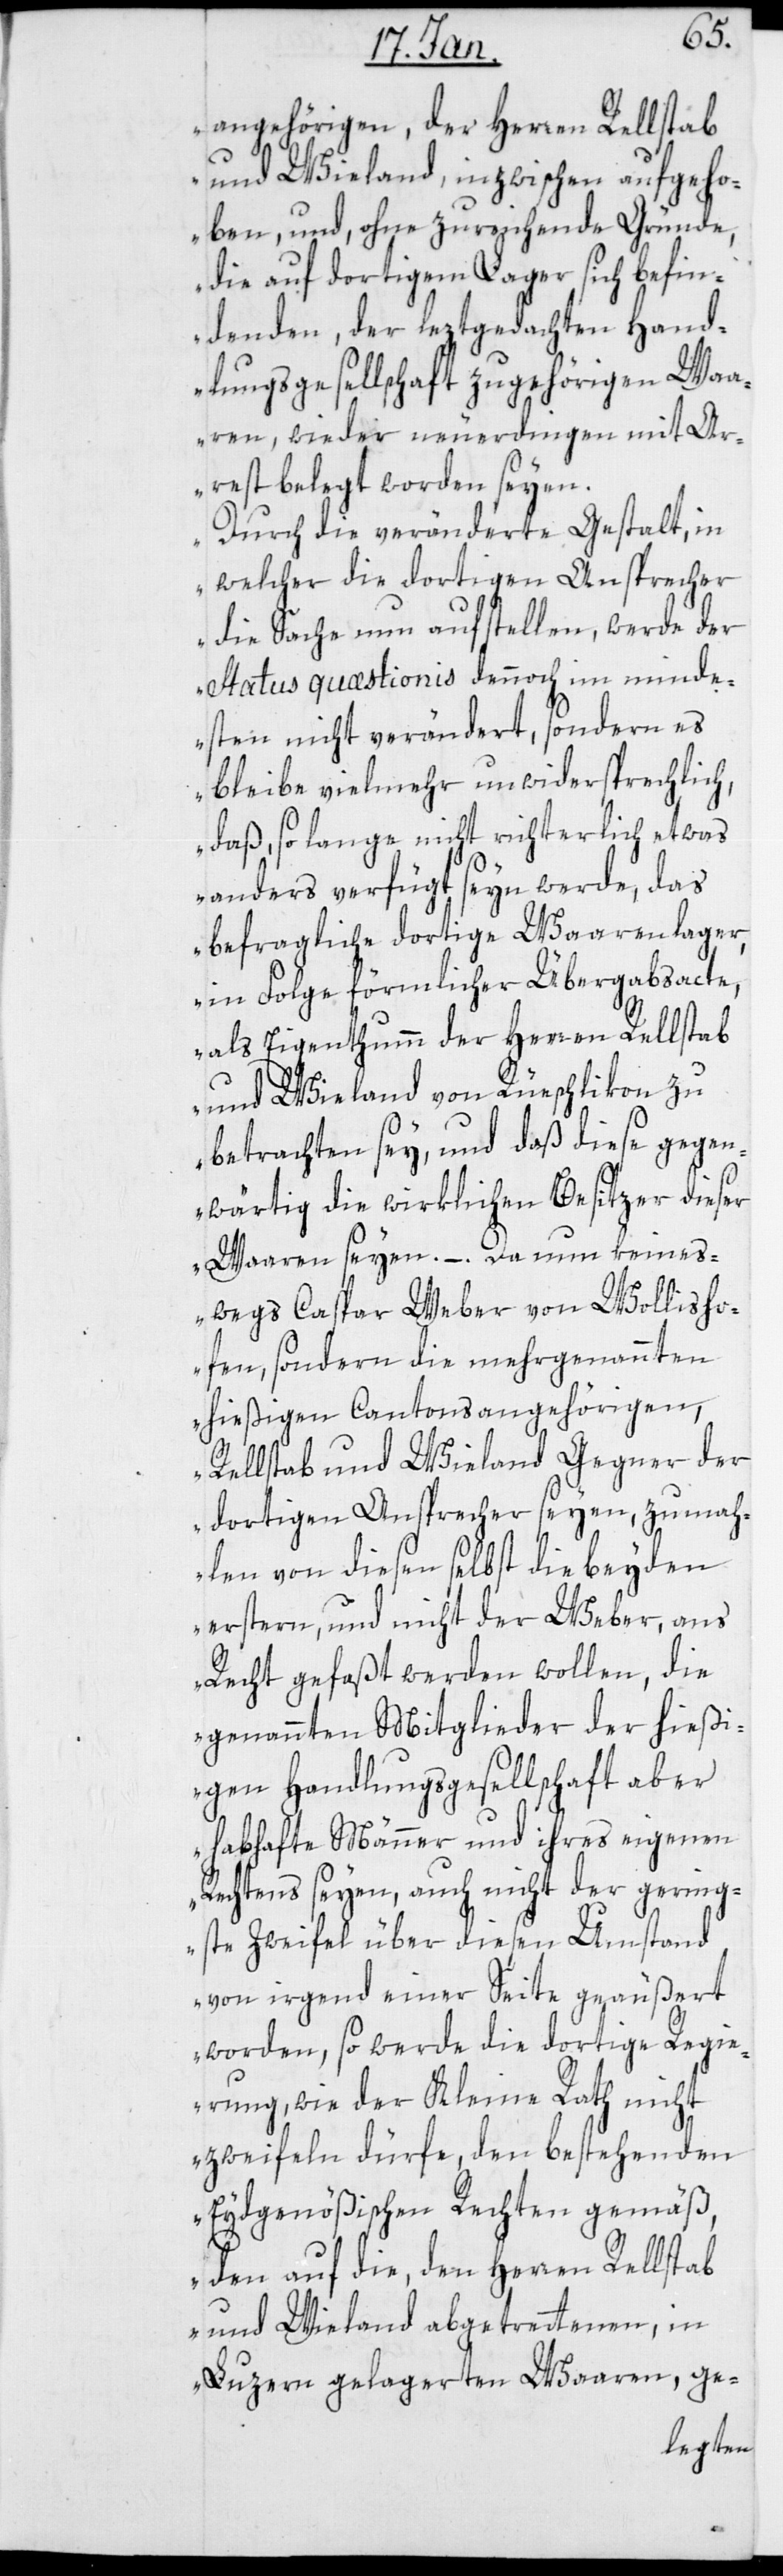
angehörigen, der Herren Rellstab
und Wieland, inzwischen aufgeho¬
ben, und, ohne zureichende Gründe,
die auf dortigem Lager sich befin¬
denden, der leztgedachten Hand¬
lungsgesellschaft zugehörigen Waa¬
ren, wieder neuerdingen mit Ar¬
rest belegt worden seyen.
Durch die veränderte Gestalt, in
welcher die dortigen Ansprecher
die Sache nun aufstellen, werde der
Status quaestionis dennoch im minde¬
sten nicht verändert, sondern es
bleibe vielmehr unwidersprechlich,
daß, solange nicht richterlich etwas
anders verfügt seyn werde, das
befragliche dortige Waarenlager,
in Folge förmlicher Übergabsacte,
als Eigenthumm der Herren Rellstab
und Wieland von Rüschlikon zu
betrachten sey, und daß diese gegen¬
wärtig die wirklichen Besitzer dieser
Waaren seyen. – . Da nun keines¬
wegs Caspar Weber von Wollisho¬
fen, sondern die mehrgenannten
hießigen Cantonsangehörigen,
Rellstab und Wieland Gegner der
dortigen Ansprecher seyen, zumah¬
len von diesen selbst die beyden
erstern, und nicht der Weber, ans
Recht gefaßt werden wollen, die
genannten Mitglieder der hießi¬
gen Handlungsgesellschaft aber
habhafte Männer und ihres eigenen
Rechtens seyen, auch nicht der gering¬
ste zweyfel über diesen Umstand
von irgend einer Seite geäußert
worden, so werde die dortige Regie¬
rung, wie der Kleine Rath nicht
zweyfeln dürfe, den bestehenden
Eydsgenößischen Rechten gemäß,
den auf die, den Herren Rellstab
und Wieland abgetrettenen, in
Luzern gelagerten Waaren, ge-